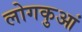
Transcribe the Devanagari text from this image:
लोगकुआं